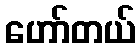
ဟော်တယ်